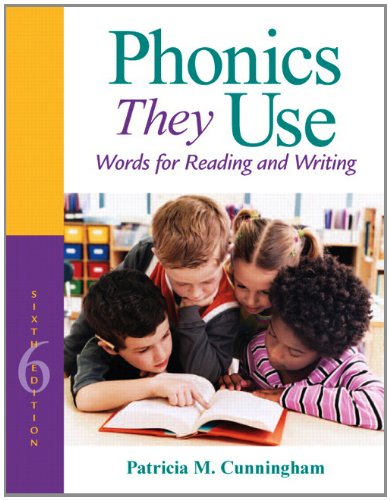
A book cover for Phonics They Use: Words for Reading and Writing (6th Edition) (Making Words Series); Patricia M. Cunningham; Reference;